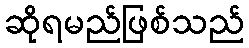
ဆိုရမည်ဖြစ်သည်